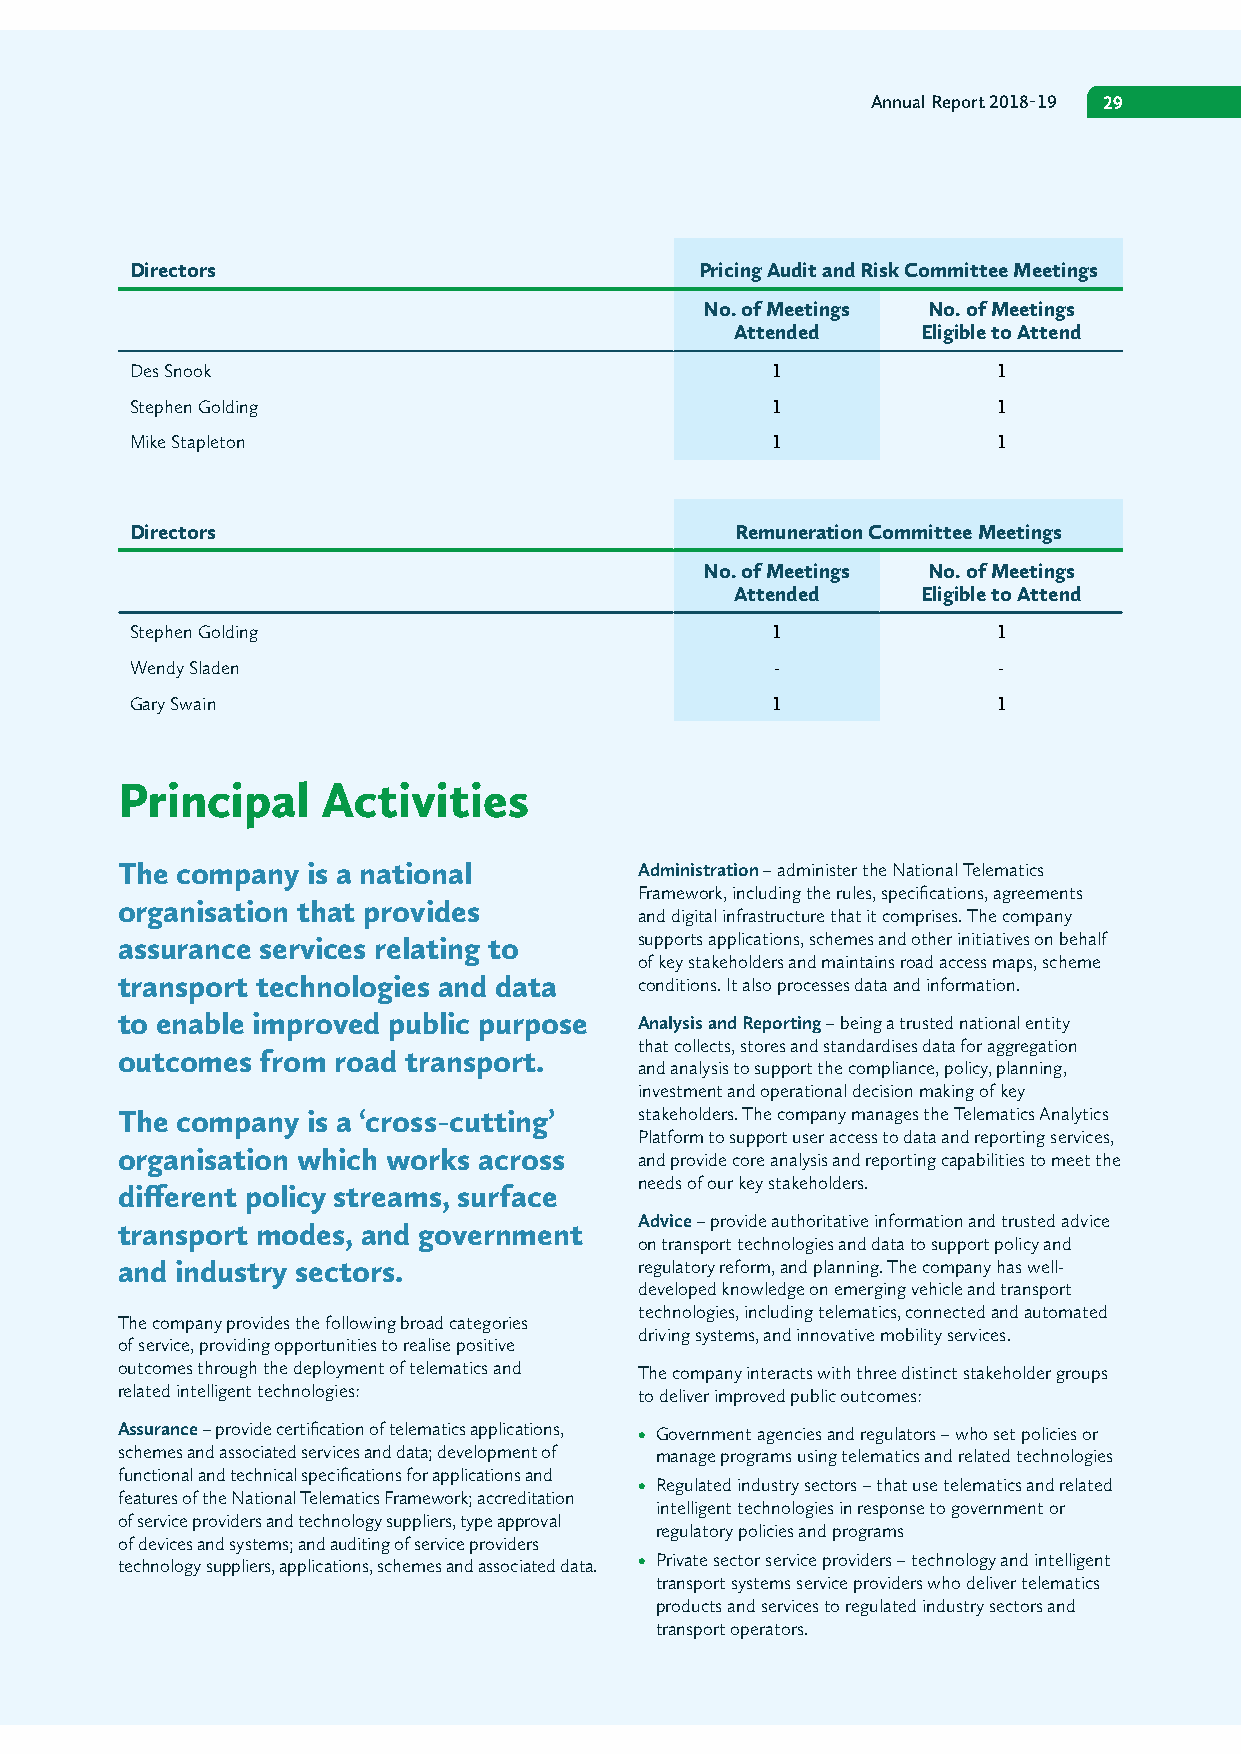
Annual Report 2018-19 29
 Directors                            Pricing Audit and Risk Committee Meetings
 No. of Meetings No. of Meetings
 Attended    Eligible to Attend
 Des Snook                                 1              1
 Stephen Golding                           1              1
 Mike Stapleton                            1              1
 Directors                               Remuneration Committee Meetings
 No. of Meetings No. of Meetings
 Attended    Eligible to Attend
 Stephen Golding                           1              1
 Wendy Sladen                              -              -
 Gary Swain                                1              1
 Principal    Activities
 The company is a national         Administration – administer the National Telematics
 Framework, including the rules, specifications, agreements
 organisation that provides
 and digital infrastructure that it comprises. The company
 assurance services relating to    supports applications, schemes and other initiatives on behalf
 of key stakeholders and maintains road access maps, scheme
 transport technologies and data   conditions. It also processes data and information.
 to enable improved public purpose Analysis and Reporting – being a trusted national entity
 that collects, stores and standardises data for aggregation
 outcomes from road transport.
 and analysis to support the compliance, policy, planning,
 investment and operational decision making of key
 The company is a ‘cross-cutting’  stakeholders. The company manages the Telematics Analytics
 Platform to support user access to data and reporting services,
 organisation which works across   and provide core analysis and reporting capabilities to meet the
 needs of our key stakeholders.
 different policy streams, surface
 Advice – provide authoritative information and trusted advice
 transport modes, and government
 on transport technologies and data to support policy and
 and industry sectors.             regulatory reform, and planning. The company has well-
 developed knowledge on emerging vehicle and transport
 technologies, including telematics, connected and automated
 The company provides the following broad categories
 driving systems, and innovative mobility services.
 of service, providing opportunities to realise positive
 outcomes through the deployment of telematics and The company interacts with three distinct stakeholder groups
 related intelligent technologies: to deliver improved public outcomes:
 Assurance – provide certification of telematics applications, • Government agencies and regulators – who set policies or
 schemes and associated services and data; development of manage programs using telematics and related technologies
 functional and technical specifications for applications and
 • Regulated industry sectors – that use telematics and related
 features of the National Telematics Framework; accreditation
 intelligent technologies in response to government or
 of service providers and technology suppliers, type approval
 regulatory policies and programs
 of devices and systems; and auditing of service providers
 • Private sector service providers – technology and intelligent
 technology suppliers, applications, schemes and associated data.
 transport systems service providers who deliver telematics
 products and services to regulated industry sectors and
 transport operators.